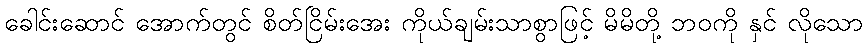
ခေါင်းဆောင် အောက်တွင် စိတ်ငြိမ်းအေး ကိုယ်ချမ်းသာစွာဖြင့် မိမိတို့ ဘဝကို နှင် လိုသော